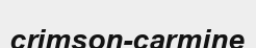
crimson-carmine